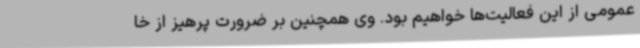
عمومی از این فعالیت‌ها خواهیم بود. وی همچنین بر ضرورت پرهیز از خا